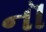
નૉ